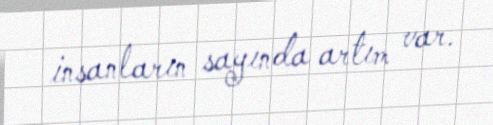
insanların sayında artım var.